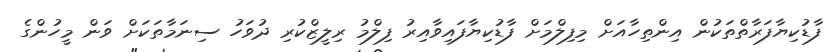
ފާޑުކިޔާފަރާތްތަކުން އިންތިހާއަށް މިފިލްމަށް ފާޑުކިޔާފައިވާއިރު ފިލްމު ރިލީޒްކުރި ދުވަހު ސިނަމާތަކަށް ވަން މީހުންގެ